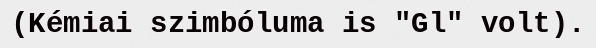
(Kémiai szimbóluma is "Gl" volt).